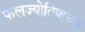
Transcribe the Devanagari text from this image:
फलज्योतिषाच्या